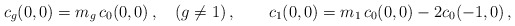
\begin{align*}c_{g}(0,0)=m_g\, c_{0}(0,0)\,,\quad(g\neq 1)\,, \qquad c_{1}(0,0)=m_1\, c_{0}(0,0)-2 c_{0}(-1,0)\,,\end{align*}